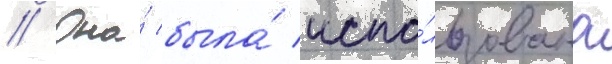
// Она́ была́ испо́льзована